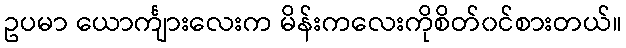
ဥပမာ ယောင်္ကျားလေးက မိန်းကလေးကိုစိတ်၀င်စားတယ်။